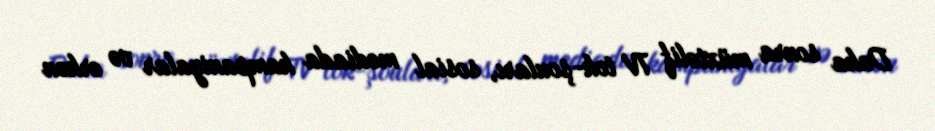
Daha sonra müxtəlif TV tok-şouları, sosial mediada kampaniyalar və erkən